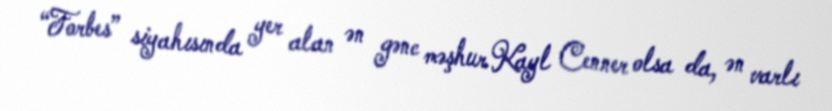
“Forbes” siyahısında yer alan ən gənc məşhur Kayl Cenner olsa da, ən varlı